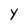
Character: Y